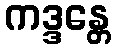
ကဒ္ဒန္တေ